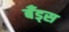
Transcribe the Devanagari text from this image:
बँड्स